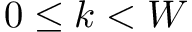
0 \leq k < W